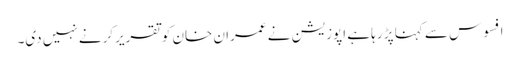
افسوس سے کہنا پڑ رہا ہے اپوزیشن نے عمران خان کوتقریرکرنے نہیں دی۔